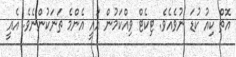
އޮތް ކިއު ކުޑަ ނުވެއެވެ. ޓިކެޓް ވިއްކަމުން އައީ އެންމެ ތަނަކުންނެވެ. އެއީ